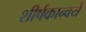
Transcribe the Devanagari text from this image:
शीर्षकान्वये